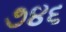
૭૪૬